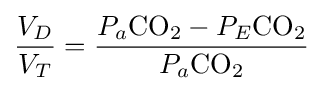
{\frac {V_{D}}{V_{T}}}={\frac {P_{a}{\ce {CO2}}-P_{E}{\ce {CO2}}}{P_{a}{\ce {CO2}}}}